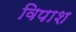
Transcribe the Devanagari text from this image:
विपाश